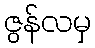
ဇွန်လမှ